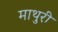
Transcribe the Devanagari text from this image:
माथुरी